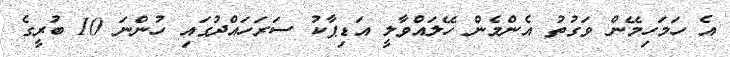
އެ ހަމަހިމޭން ވަގުތު އެންމެން ހޭލައްވާލީ އަޑިޕާކު ސަރަހައްދުގައި ހުންނަ 10 ބުރީގެ